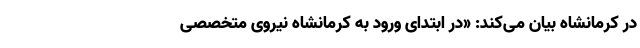
در کرمانشاه بیان می‌کند: «در ابتدای ورود به کرمانشاه نیروی متخصصی